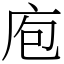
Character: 庖